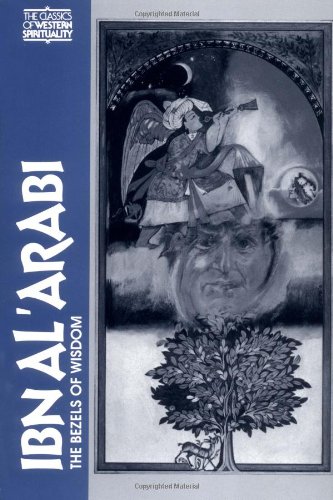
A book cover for Ibn-Al-Arabi: The Bezels of Wisdom (Classics of Western Spirituality); Ibn Al'Arabi; Religion & Spirituality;